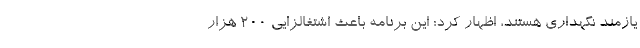
یازمند نگهداری هستند، اظهار کرد: این برنامه باعث اشتغالزایی ۲۰۰ هزار